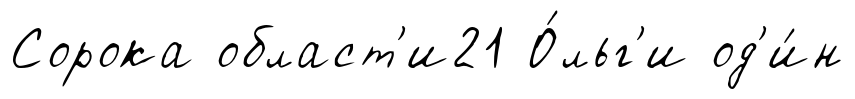
Сорока област'и21 О́льг'и од'и́н